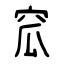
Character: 窊